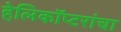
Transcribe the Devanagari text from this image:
हेलिकॉप्टरांचा